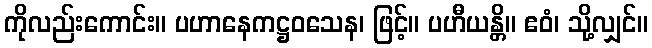
ကိုလည်းကောင်း။ ပဟာနေကဋ္ဌဝသေန၊ ဖြင့်။ ပဟီယန္တိ။ ဧဝံ၊ သို့လျှင်။